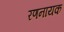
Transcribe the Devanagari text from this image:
रणनायक